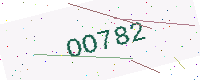
Text: OO782